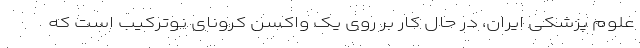
علوم پزشکی ایران، در حال کار بر روی یک واکسن کرونای نوترکیب است که